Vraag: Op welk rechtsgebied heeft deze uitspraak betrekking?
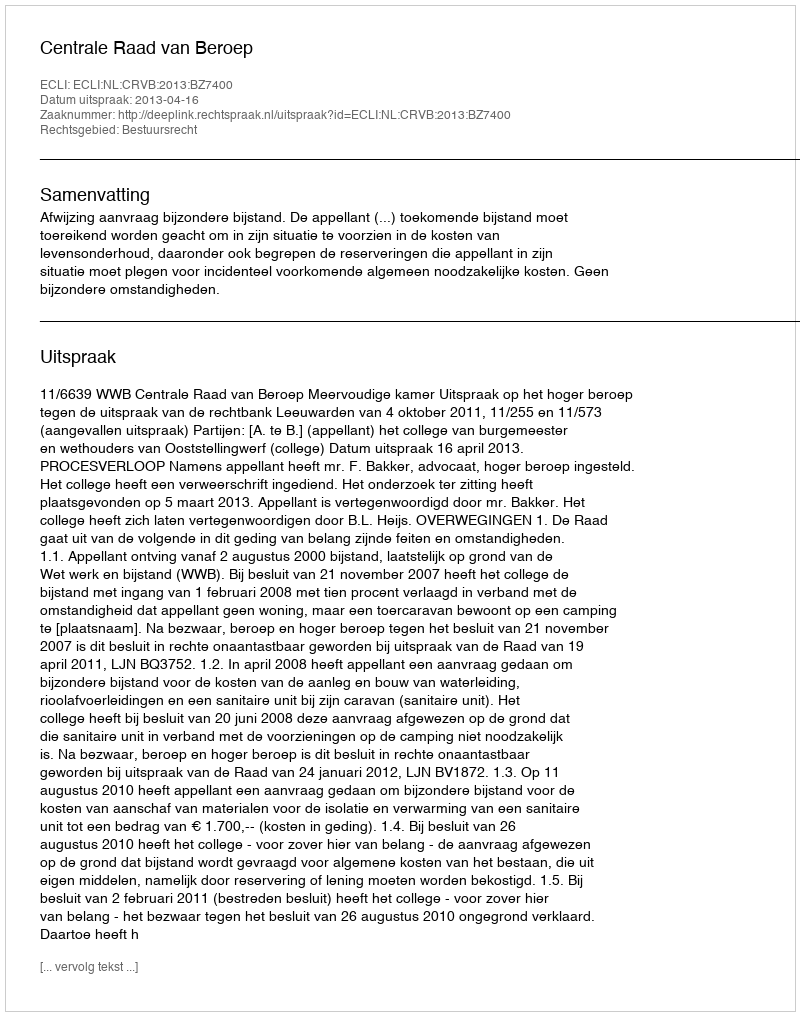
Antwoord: Bestuursrecht